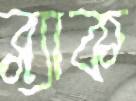
ব্ল্যাক